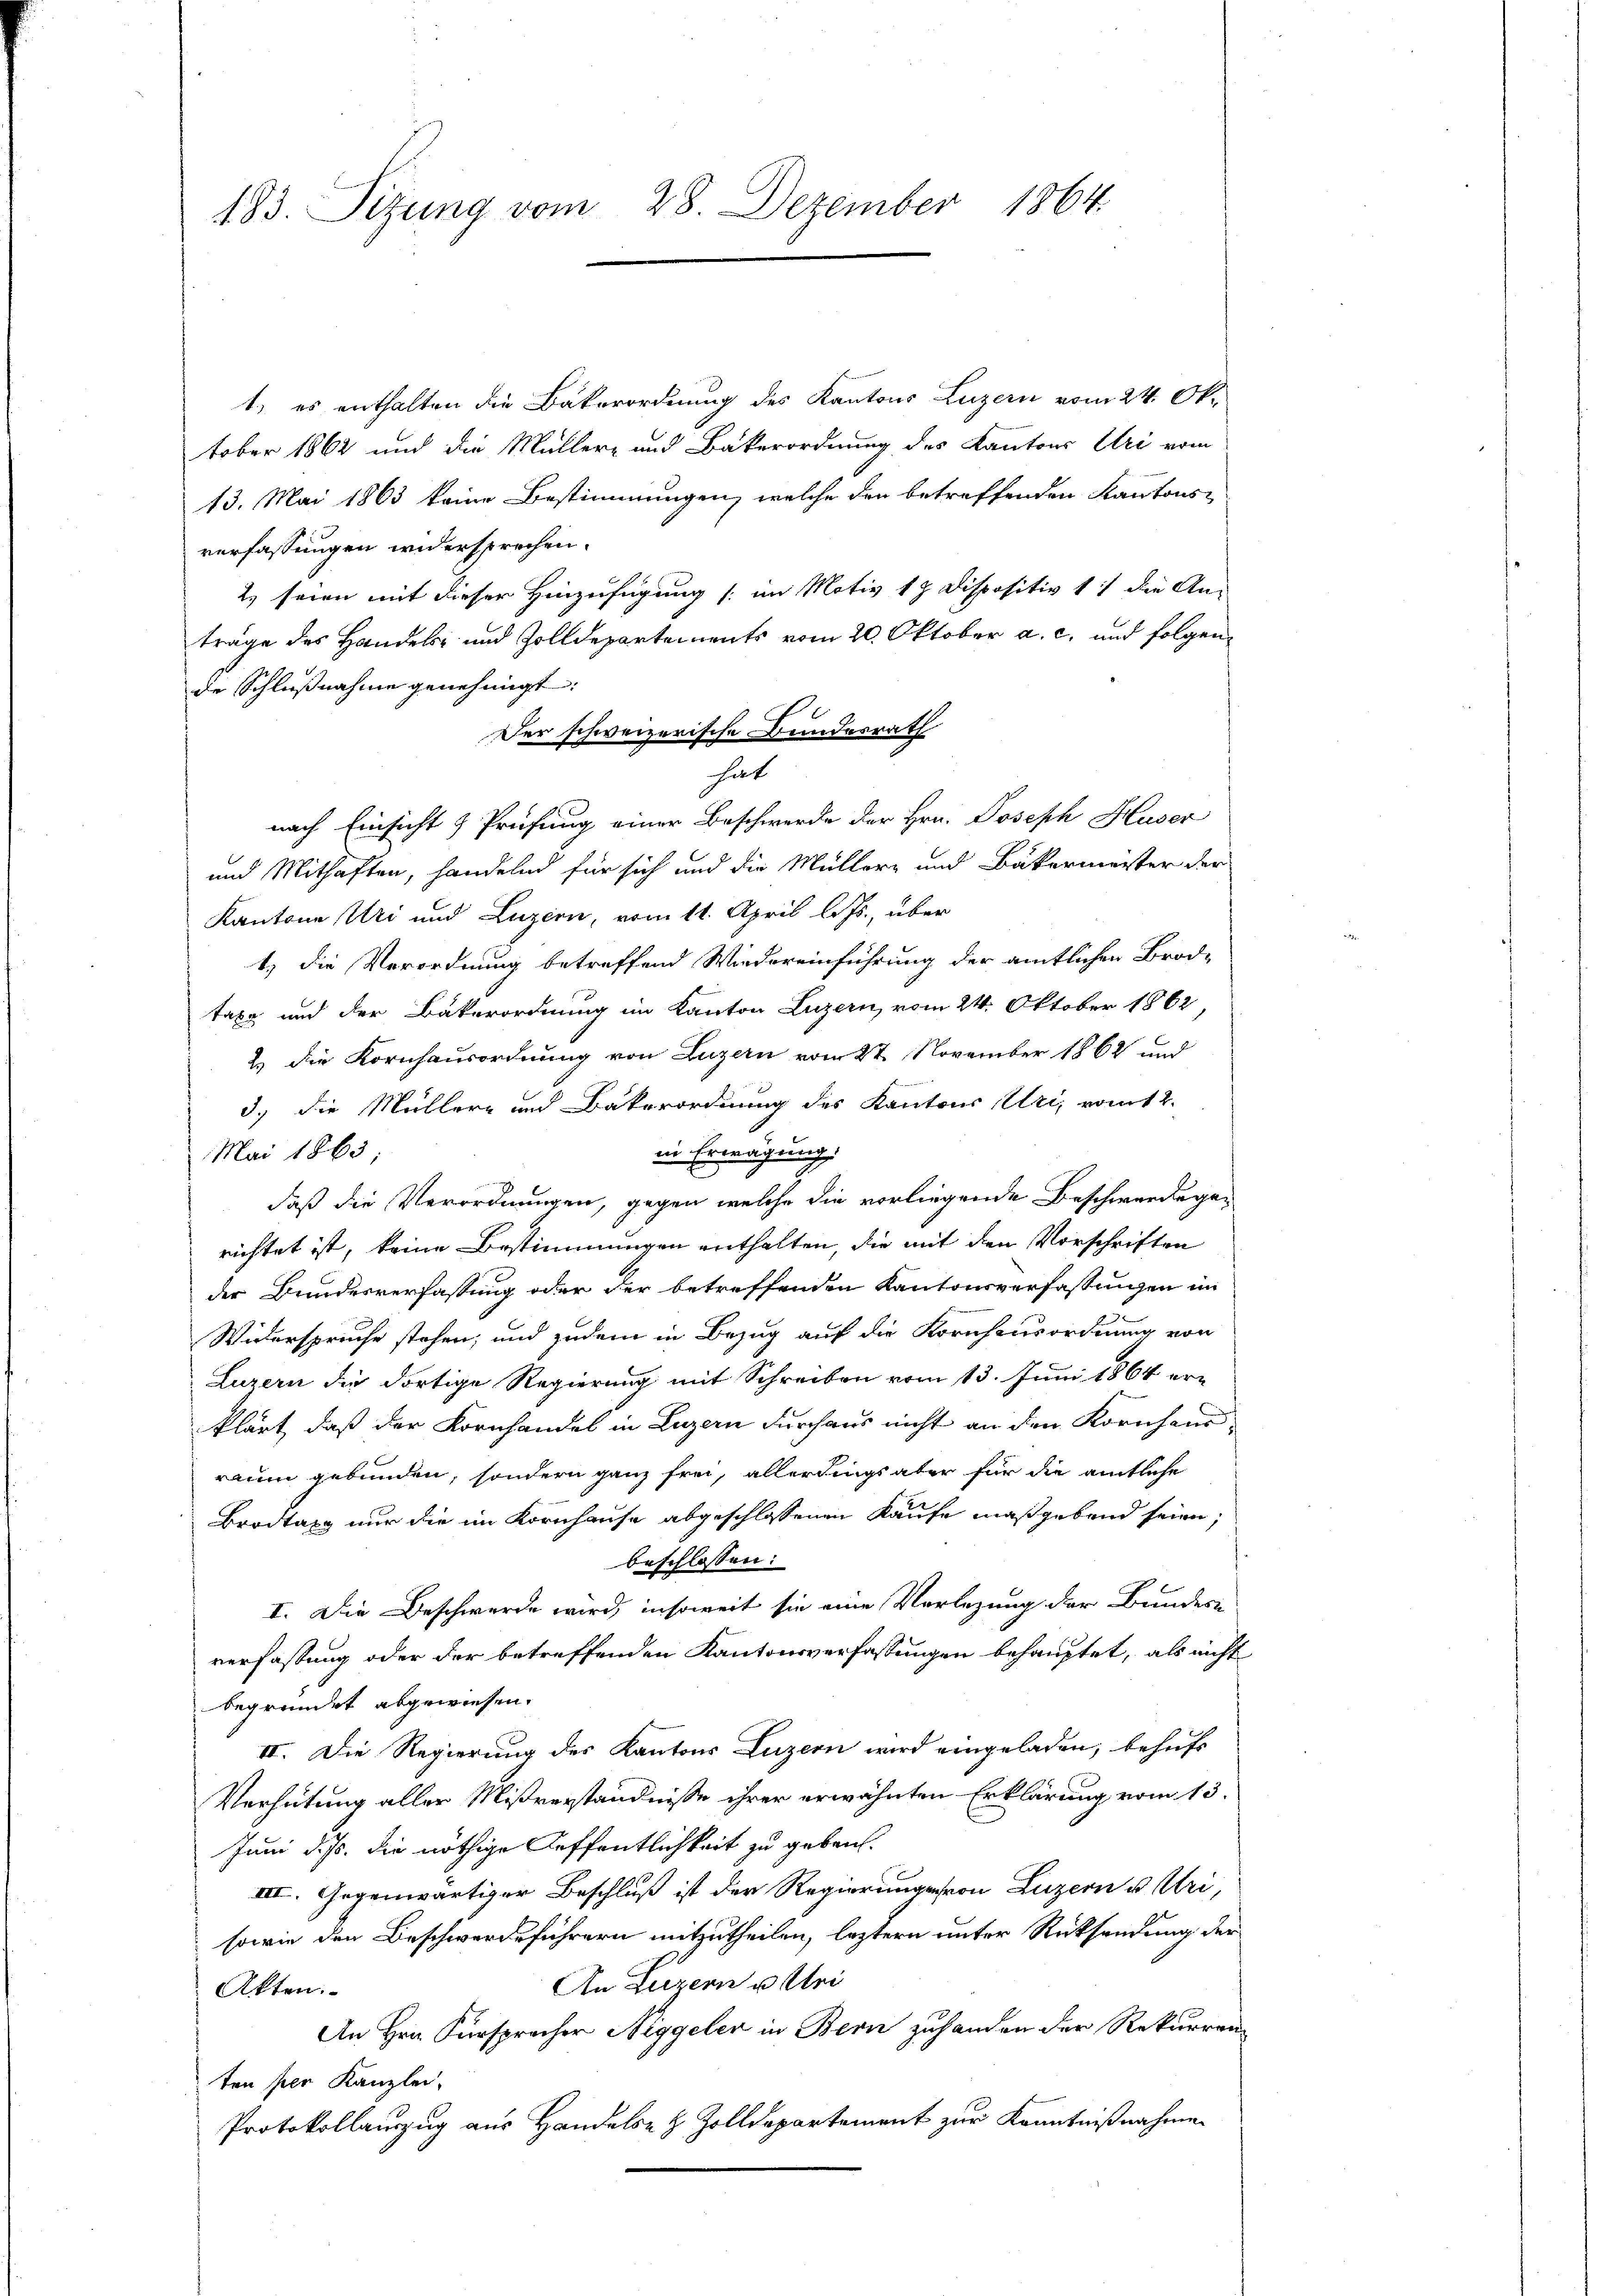
183. Sizung vom 28. Dezember 1864.

1) es enthalten die Bäkerordnung des Kantons Luzern vom 24. Ok-
tober 1862 und die Müller- und Bakerordnung des Kantons Uri vom
13. Mai 1863 keine Bestimmungen, welche den betreffenden Kantons-
verfassungen widersprechen.
2) seien mit dieser Hinzufügung (im Motiv 17 Dispositiv 11 die Ans
träge des Handels- und Zolldepartements vom 20. Oktober a. c. und folgende Schlußnahme genehmigt.
Der schweizerische Bundesrath
hat
nach Einsicht & Prüfung einer Beschwerde der Hrn. Joseph Huser
und Mithaften, handelnd für sich und die Müller- und Bäkermester der
Kantone Uri und Luzern, vom 14. April l. Js., über
t) die Verordnung betreffend Wiedereinführung der amtlichen Brod-
taxe und der Bäkerordnung im Kanton Luzern, vom 24. Oktober 1862,
2.) Die Kornhausordnung von Luzern vom 27. November 1862 und
3.) die Müllere und Bakerordnung des Kantons Uri, vom 2.
in Erwägung.
Mai 1863;
daß die Verordnungen, gegen welche die vorliegende Beschwerdegerichtet ist, keine Bestimmungen enthalten, die mit den Vorschriften
der Bundesverfassung oder der betreffenden Kantonsverfassungen im
Widerspruche stehen, und zudem in Bezug auf die Kornhausordnung von
Luzern die dortige Regierung mit Schreiben vom 13. Juni 1864 erklärt, daß der Kornhandel in Luzern durchaus nicht an den Kornhausraum gebunden, sondern ganz frei, allerdings aber für die amtliche
Brodtag nur die im Kornhause abgeschlossenen Kaufe maßgebend seien,
beschlossen:
I. Die Beschwerde wird, insoweit sie eine Verlegung der Bundes
verfassung oder der betreffenden Kantonsverfassungen behauptet, als nicht
begründet abgewiesen.
II. Die Regierung des Kantons Luzern wird eingeladen, behufs
Verhütung aller Mißverständnisse ihrer erwähnten Erklärung vom 13.
Juni d. Js. die nöthige Leffentlichkeit zu geben.
III. Gegenwärtiger Beschluß ist der Regierung von Luzern u. Uri,
sowie den Beschwerdeführern mitzutheilen, leztern unter Rücksendung der
An Luzern u. Uri
Akten.
An Hrn. Fürsprecher Niggeler in Bern zuhanden der Rekurren
ten per Kanzlei-
Protokollauszug aus Handels- & Zolldepartement zur Kenntnißnahmen